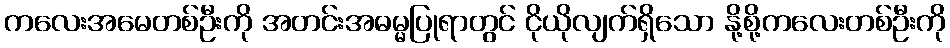
ကလေးအမေတစ်ဦးကို အတင်းအဓမ္မပြုရာတွင် ငိုယိုလျက်ရှိသော နို့စို့ကလေးတစ်ဦးကို